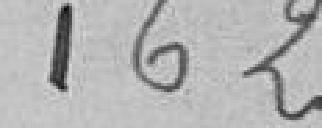
162